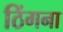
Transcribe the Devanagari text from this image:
ठिंगना